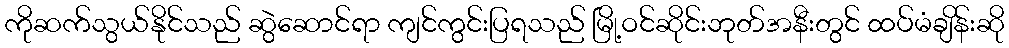
ကိုဆက်သွယ်နိုင်သည် ဆွဲဆောင်ရာ ကျင်ကွင်းပြရသည် မြို့ဝင်ဆိုင်းဘုတ်အနီးတွင် ထပ်မံချိန်းဆို